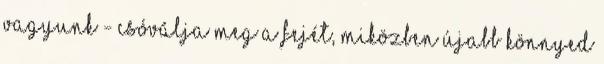
vagyunk - csóválja meg a fejét, miközben újabb könnyed